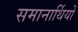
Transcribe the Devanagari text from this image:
समानार्थियों